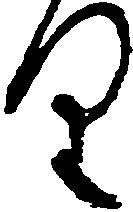
り